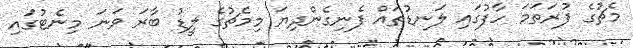
މެޗުގެ ފުރަތަމަ ހާފުގައި ލަނޑުތައް ފެނިގެންދިޔަ މިމެޗުގެ ލީޑު ބާރަ ވަނަ މިނެޓުގައި